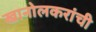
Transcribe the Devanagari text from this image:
खानोलकरांची